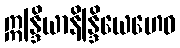
ဣန္ဒြိယာနိန္ဒြိယေဟေဝ